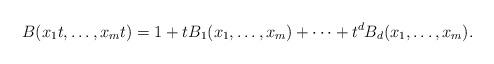
LaTeX: \begin{align*}B(x_1t,\ldots,x_mt)=1+tB_1(x_1,\ldots,x_m)+\cdots+t^dB_d(x_1,\ldots,x_m).\end{align*}